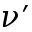
\nu ^ { \prime }